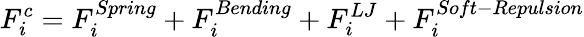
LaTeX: F_{i}^{c}=F_{i}^{Spring}+F_{i}^{Bending}+F_{i}^{LJ}+F_{i}^{Soft-Repulsion}